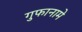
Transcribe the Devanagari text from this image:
गुफानामे